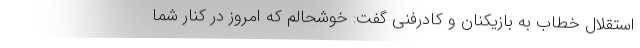
استقلال خطاب به بازیکنان و کادرفنی گفت: خوشحالم که امروز در کنار شما